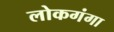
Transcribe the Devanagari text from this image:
लोकगंगा